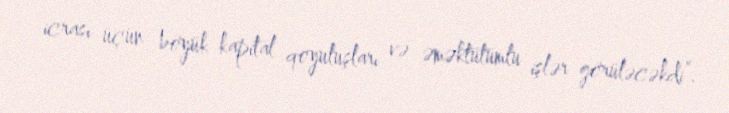
icrası üçün böyük kapital qoyuluşları və əməktutumlu işlər görüləcəkdi”.